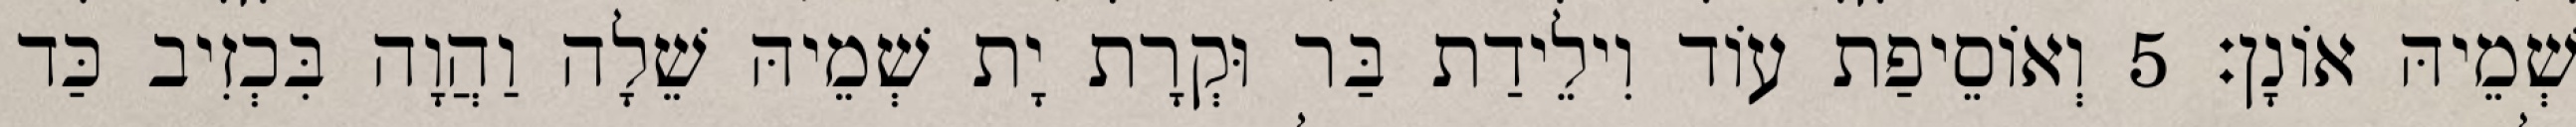
שְׁמֵיהּ אוֹנָן׃ 5 וְאוֹסֵיפַת עוֹד וִילֵידַת בַּר וּקְרָת יָת שְׁמֵיהּ שֵׁלָה וַהֲוָה בִּכְזִיב כַּד